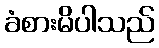
ခံစားမိပါသည်